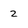
Character: 2